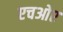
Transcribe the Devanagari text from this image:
एचओए